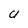
Character: U